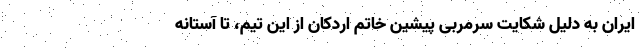
ایران به دلیل شکایت سرمربی پیشین خاتم اردکان از این تیم، تا آستانه